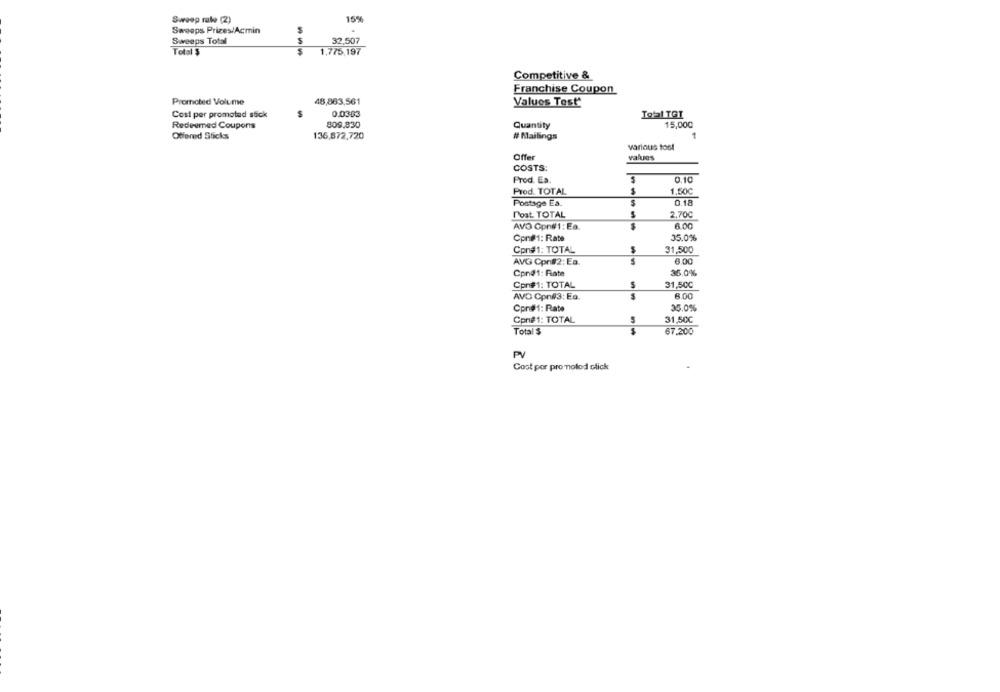
Sweep rate (2)
15%
.
Sweeps Prizes/Acmin
Sweeps Total
32,507
Total $
1.775,197
Competitive &
Franchise Coupon
Promoted Volume
48,863,561
Values Test*
Cost per promotad stick
0.0303
Total TGT
Redeemed Coupons
809.830
Quantity
15,000
Offered Sticks
136,872,720
# Mailings
various tool
Offer
values
COSTS:
Prod. Es.
0.10
Prod. TOTAL
1.50℃
Postage ES.
0.18
Post. TOTAL
2,700
AVO Cpn#1: Ea.
6.00
Cpn#1: Rate
35.0%
Con#1: TOTAL
31,500
AVG Cpr#2: Ea.
6.00
Cond1: Fiate
36.0%
Cpn#1: TOTAL
31,500
AVO Cpn#3: Ea.
8.00
Cpn#1: Rate
35.0%
Cpnie1: TOTAL
31,50C
Total $
67.200
PV
Coot por pro molod click